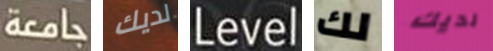
جامعة لديك Level لك لديك